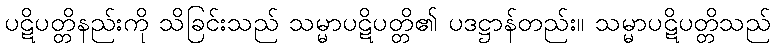
ပဋိပတ္တိနည်းကို သိခြင်းသည် သမ္မာပဋိပတ္တိ၏ ပဒဋ္ဌာန်တည်း။ သမ္မာပဋိပတ္တိသည်